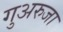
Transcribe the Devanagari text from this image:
गुअरुजा